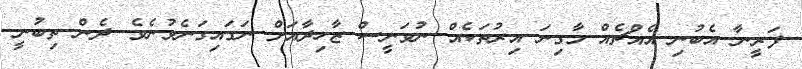
ފަރީނާ އެބުނި އެއްޗެއް މާގިނަ އިރުތަކެއްް ނުވަނީސް ޒާހިދާއަށް ނަގައިގަނެވުނެވެ. ދެން ތިބުނީ